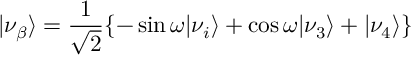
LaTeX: \vert \nu _ { \beta } \rangle = { \frac { 1 } { \sqrt { 2 } } } { \left\{ - \sin \omega \vert \nu _ { i } \rangle + \cos \omega \vert \nu _ { 3 } \rangle + \vert \nu _ { 4 } \rangle \right\} }